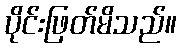
ပိုင်းဖြတ်မိသည်။